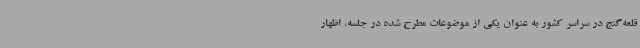
قلعه‌گنج در سراسر کشور به عنوان یکی از موضوعات مطرح شده در جلسه، اظهار